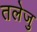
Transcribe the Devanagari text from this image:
तलेजु